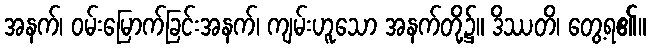
အနက်၊ ဝမ်းမြောက်ခြင်းအနက်၊ ကျမ်းဟူသော အနက်တို့၌။ ဒိဿတိ၊ တွေ့ရ၏။